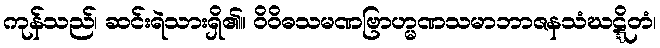
ကုန်သည်၊ ဆင်းရဲသားရှိ၏။ ဝိဝိဓသမဏဗြာဟ္မဏသမာဘာဇနသံဃဋ္ဋိတံ၊